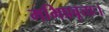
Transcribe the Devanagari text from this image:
मभिप्रवृत्ताः।